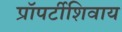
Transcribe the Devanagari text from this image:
प्रॉपर्टीशिवाय